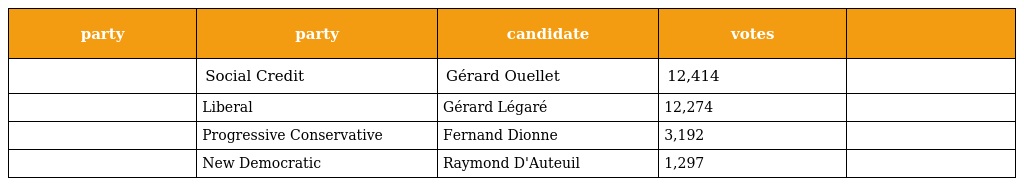
| party | party | candidate | votes |  |
 | --- | --- | --- | --- | --- |
 |  | Social Credit | Gérard Ouellet | 12,414 |  |
 |  | Liberal | Gérard Légaré | 12,274 |  |
 |  | Progressive Conservative | Fernand Dionne | 3,192 |  |
 |  | New Democratic | Raymond D'Auteuil | 1,297 |  |